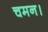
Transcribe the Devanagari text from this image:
चमन।